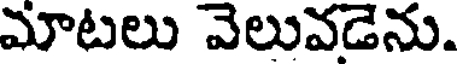
మాటలు వెలువడెను.